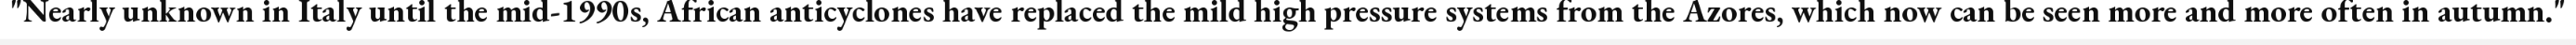
"Nearly unknown in Italy until the mid-1990s, African anticyclones have replaced the mild high pressure systems from the Azores, which now can be seen more and more often in autumn."